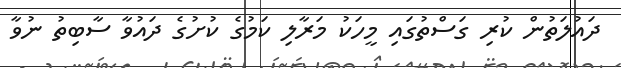
ދައުލަތުން ކުރި ގަސްތުގައި މީހަކު މަރާލި ކަމުގެ ކުށުގެ ދައުވާ ސާބިތު ނުވާ